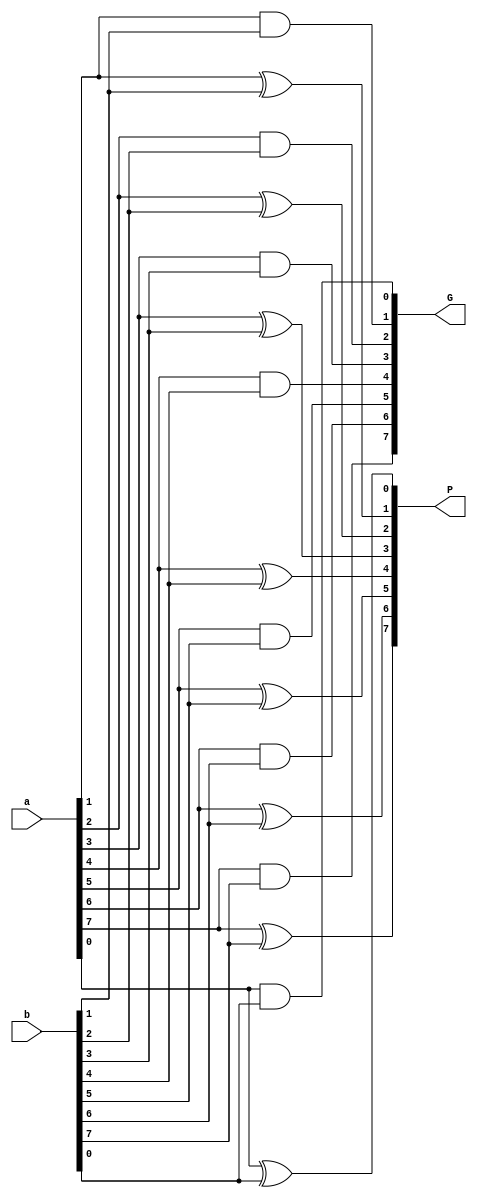
`timescale 1ns / 1ps


module stage_0(P,G,a,b);
input[7:0] a, b;
output[7:0] P, G;
assign P[0]=a[0]^b[0], P[1]=a[1]^b[1], P[2]=a[2]^b[2], P[3]=a[3]^b[3], P[4]=a[4]^b[4], P[5]=a[5]^b[5], P[6]=a[6]^b[6], P[7]=a[7]^b[7],
       G[0]=a[0]&b[0], G[1]=a[1]&b[1], G[2]=a[2]&b[2], G[3]=a[3]&b[3], G[4]=a[4]&b[4], G[5]=a[5]&b[5], G[6]=a[6]&b[6], G[7]=a[7]&b[7];    
endmodule


module stage_1(ip,ig,p,g);
input[7:0] p,g;
output[3:0] ip,ig;
assign ip[0]=p[0]&p[1], ip[1]=p[2]&p[3], ip[2]=p[4]&p[5], ip[3]=p[6]&p[7],
       ig[0]=g[1]|(g[0]&p[1]), ig[1]=g[3]|(g[2]&p[3]), ig[2]=g[5]|(g[4]&p[5]), ig[3]=g[7]|(g[6]&p[7]);
endmodule


module stage_2(ip,ig,p,g);
input[3:0] p,g;
output[2:0] ip,ig;
assign ip[0]=p[0]&p[1], ip[1]=p[1]&p[2], ip[2]=p[2]&p[3],
       ig[0]=g[1]|(g[0]&p[1]), ig[1]=g[2]|(g[1]&p[2]), ig[2]=g[3]|(g[2]&p[3]);
endmodule


module stage_3(ip,ig,ip0,P2,ip4,P4,ip5,ip6,ig0,G2,ig4,G4,ig5,ig6);
input ip0,P2,ip4,P4,ip5,ip6,ig0,G2,ig4,G4,ig5,ig6;
output[3:0] ip,ig;
assign ip[0]=ip0&P2, ip[1]=ip4&P4, ip[2]=ip0&ip5, ip[3]=ip4&ip6,
       ig[0]=G2|(ig0&P2), ig[1]=G4|(ig4&P4), ig[2]=ig5|(ig0&ip5), ig[3]=ig6|(ig4&ip6);
endmodule


module stage_4(ip,ig,ip9,P6,ig9,G6);
input ip9,P6,ig9,G6;
output ip,ig;
assign ip=ip9&P6, ig=G6|(ig9&P6);
endmodule


module carryint(C,cout,cin,ip,ig,P0,G0);
input cin,P0,G0; input[11:0] ip,ig;
output[6:0] C; output cout;
assign C[0]=G0|(P0&cin), C[1]=ig[0]|(ip[0]&cin), C[2]=ig[7]|(ip[7]&cin), C[3]=ig[4]|(ip[4]&cin),
       C[4]=ig[8]|(ip[8]&cin), C[5]=ig[9]|(ip[9]&cin), C[6]=ig[11]|(ip[11]&cin), cout=ig[10]|(ip[10]&cin);
endmodule


module sumout(s,C,cin,P);
input[6:0] C; input[7:0] P; input cin;
output[7:0] s;
assign s[0]=P[0]^cin, s[1]=P[1]^C[0], s[2]=P[2]^C[1], s[3]=P[3]^C[2],
       s[4]=P[4]^C[3], s[5]=P[5]^C[4], s[6]=P[6]^C[5], s[7]=P[7]^C[6];
endmodule


module HCadd8(a,b,cin,s,cout);
input[7:0] a,b; input cin;
output[7:0] s; output cout;
wire[7:0] P,G; wire[6:0] C; wire[11:0] ip,ig;
stage_0 s0(P,G,a,b);
stage_1 s1(ip[3:0],ig[3:0],P,G);
stage_2 s2(ip[6:4],ig[6:4],ip[3:0],ig[3:0]);
stage_3 s3(ip[10:7],ig[10:7],ip[0],P[2],ip[4],P[4],ip[5],ip[6],ig[0],G[2],ig[4],G[4],ig[5],ig[6]);
stage_4 s4(ip[11],ig[11],ip[9],P[6],ig[9],G[6]);
carryint c5(C,cout,cin,ip,ig,P[0],G[0]);
sumout s6(s,C,cin,P);
endmodule


module tbHC;
wire[7:0] s; wire cout;
reg[7:0] a,b; reg cin;
HCadd8 HC(a,b,cin,s,cout);
initial begin 
    a<=8'b10100011; b<=8'b10101111; cin<=1'b0;
    #20 $finish;
end
endmodule